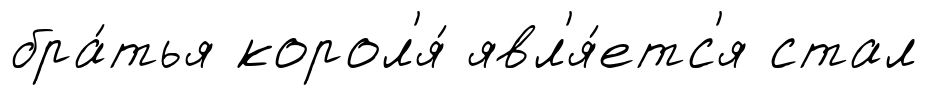
бра́тья корол'я́ явл'я́етс'я стал